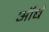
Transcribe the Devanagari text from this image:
ऑर्ब